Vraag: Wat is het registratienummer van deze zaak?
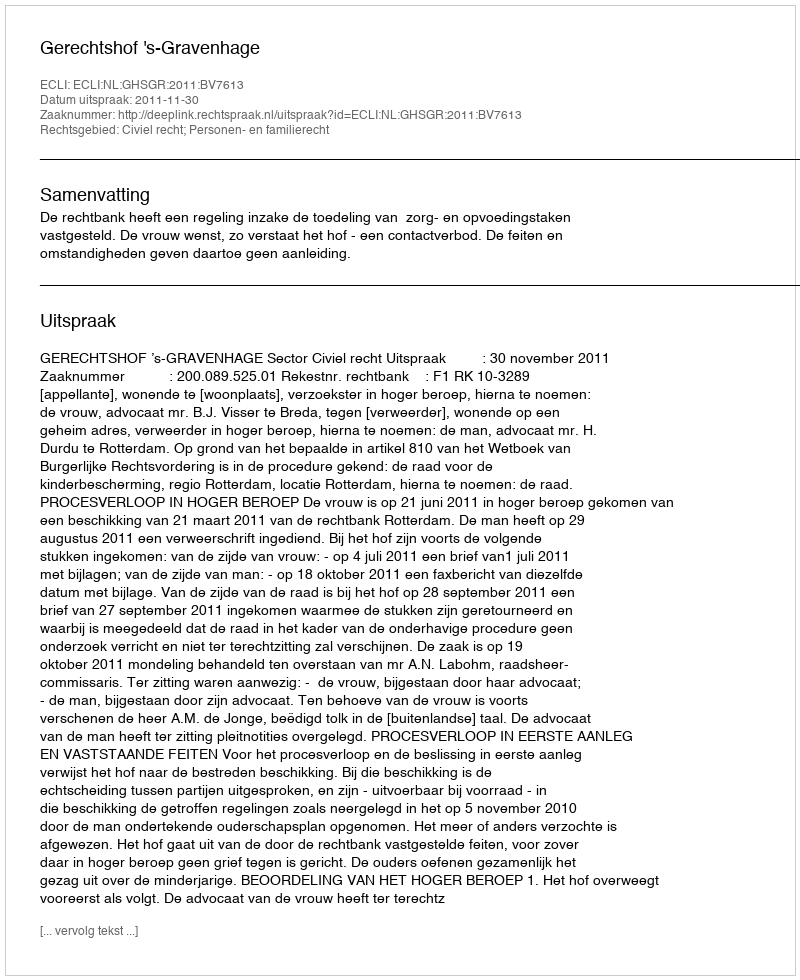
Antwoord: http://deeplink.rechtspraak.nl/uitspraak?id=ECLI:NL:GHSGR:2011:BV7613